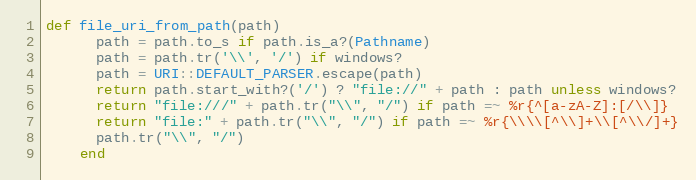
Language: Ruby
def file_uri_from_path(path)
      path = path.to_s if path.is_a?(Pathname)
      path = path.tr('\\', '/') if windows?
      path = URI::DEFAULT_PARSER.escape(path)
      return path.start_with?('/') ? "file://" + path : path unless windows?
      return "file:///" + path.tr("\\", "/") if path =~ %r{^[a-zA-Z]:[/\\]}
      return "file:" + path.tr("\\", "/") if path =~ %r{\\\\[^\\]+\\[^\\/]+}
      path.tr("\\", "/")
    end